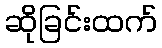
ဆိုခြင်းထက်